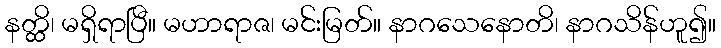
နတ္ထိ၊ မရှိရာပြီ။ မဟာရာဇ၊ မင်းမြတ်။ နာဂသေနောတိ၊ နာဂသိန်ဟူ၍။